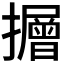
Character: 𭣃